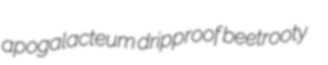
apogalacteum dripproof beetrooty